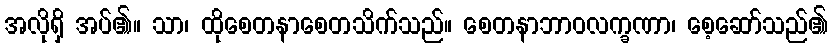
အလိုရှိ အပ်၏။ သာ၊ ထိုစေတနာစေတသိက်သည်။ စေတနာဘာဝလက္ခဏာ၊ စေ့ဆော်သည်၏